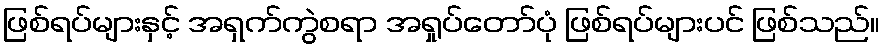
ဖြစ်ရပ်များနှင့် အရှက်ကွဲစရာ အရှုပ်တော်ပုံ ဖြစ်ရပ်များပင် ဖြစ်သည်။